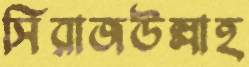
সিরাজউল্লাহ